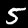
Label: 5